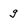
Character: g